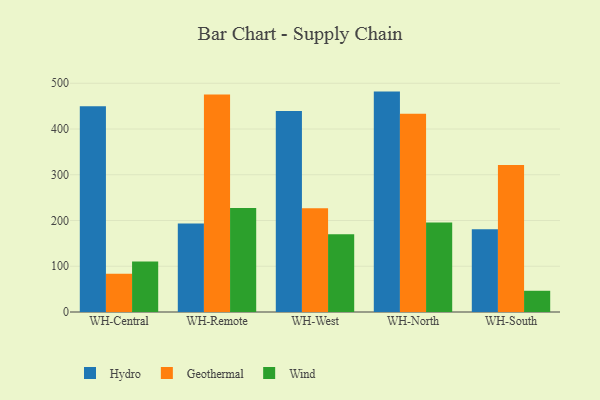
{"axis": {"x": "Warehouse", "y": "Shipments"}, "legend": ["Geothermal", "Hydro", "Wind"], "data": [{"x": "WH-Central", "y": 449.9, "type": "Hydro"}, {"x": "WH-Central", "y": 83.8, "type": "Geothermal"}, {"x": "WH-Central", "y": 110.6, "type": "Wind"}, {"x": "WH-Remote", "y": 193.6, "type": "Hydro"}, {"x": "WH-Remote", "y": 475.5, "type": "Geothermal"}, {"x": "WH-Remote", "y": 227.5, "type": "Wind"}, {"x": "WH-West", "y": 439.4, "type": "Hydro"}, {"x": "WH-West", "y": 227.0, "type": "Geothermal"}, {"x": "WH-West", "y": 170.0, "type": "Wind"}, {"x": "WH-North", "y": 481.8, "type": "Hydro"}, {"x": "WH-North", "y": 433.4, "type": "Geothermal"}, {"x": "WH-North", "y": 195.4, "type": "Wind"}, {"x": "WH-South", "y": 180.7, "type": "Hydro"}, {"x": "WH-South", "y": 321.3, "type": "Geothermal"}, {"x": "WH-South", "y": 46.4, "type": "Wind"}]}